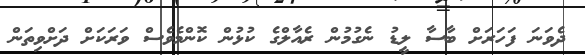
ދެވަނަ ފަހަރަށް ބާސާ ލީޑު ނެގުމުން ރެއާލްގެ ކުޅުން ކޮންމެވެސް ވަރަކަށް ދަށްވިތަން